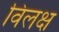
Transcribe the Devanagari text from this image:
विलक्ष